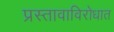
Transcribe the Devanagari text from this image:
प्रस्तावाविरोधात